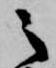
之